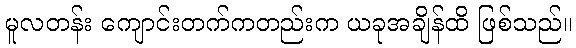
မူလတန်း ကျောင်းတက်ကတည်းက ယခုအချိန်ထိ ဖြစ်သည်။